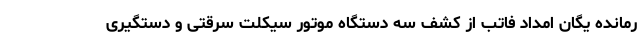
رمانده یگان امداد فاتب از کشف سه دستگاه موتور سیکلت سرقتی و دستگیری